Observations on rabies - Number 36
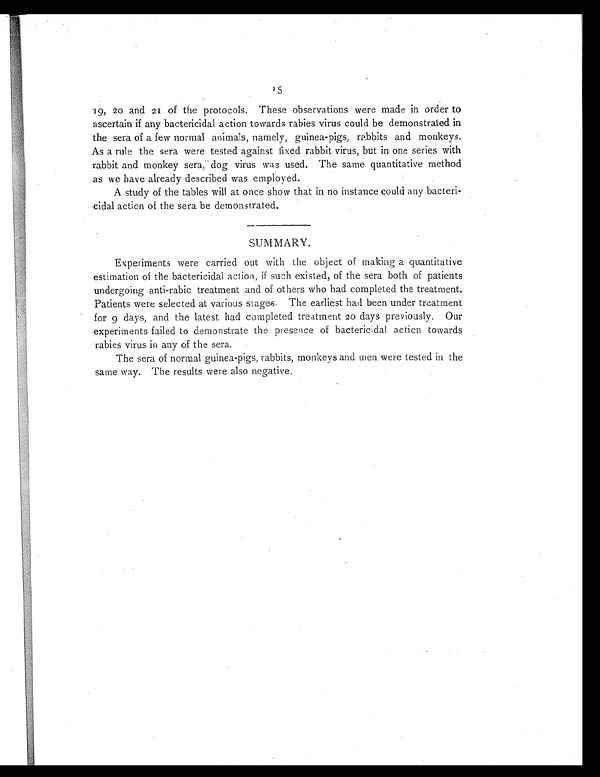
15
19, 20 and 21 of the protocols. These observations were made in order to
ascertain if any bactericidal action towards rabies virus could be demonstrated in
the sera of a few normal animals, namely, guinea-pigs, rabbits and monkeys.
As a rule the sera were tested against fixed rabbit virus, but in one series with
rabbit and monkey sera, dog virus was used. The same quantitative method
as we have already described was employed.
A study of the tables will at once show that in no instance could any bacteri-
cidal action of the sera be demonstrated.
SUMMARY.
Experiments were carried out with the object of making a quantitative
estimation of the bactericidal action, if such existed, of the sera both of patients
undergoing anti-rabic treatment and of others who had completed the treatment.
Patients were selected at various stages. The earliest had been under treatment
for 9 days, and the latest had completed treatment 20 days previously. Our
experiments failed to demonstrate the presence of bactericidal acticn towards
rabies virus in any of the sera.
The sera of normal guinea-pigs, rabbits, monkeys and men were tested in the
same way. The results were also negative